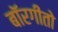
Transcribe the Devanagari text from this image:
बॉरगीतो